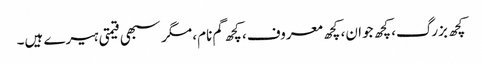
کچھ بزرگ، کچھ جوان، کچھ معروف، کچھ گم نام، مگر سبھی قیمتی ہیرے ہیں۔